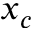
x _ { c }